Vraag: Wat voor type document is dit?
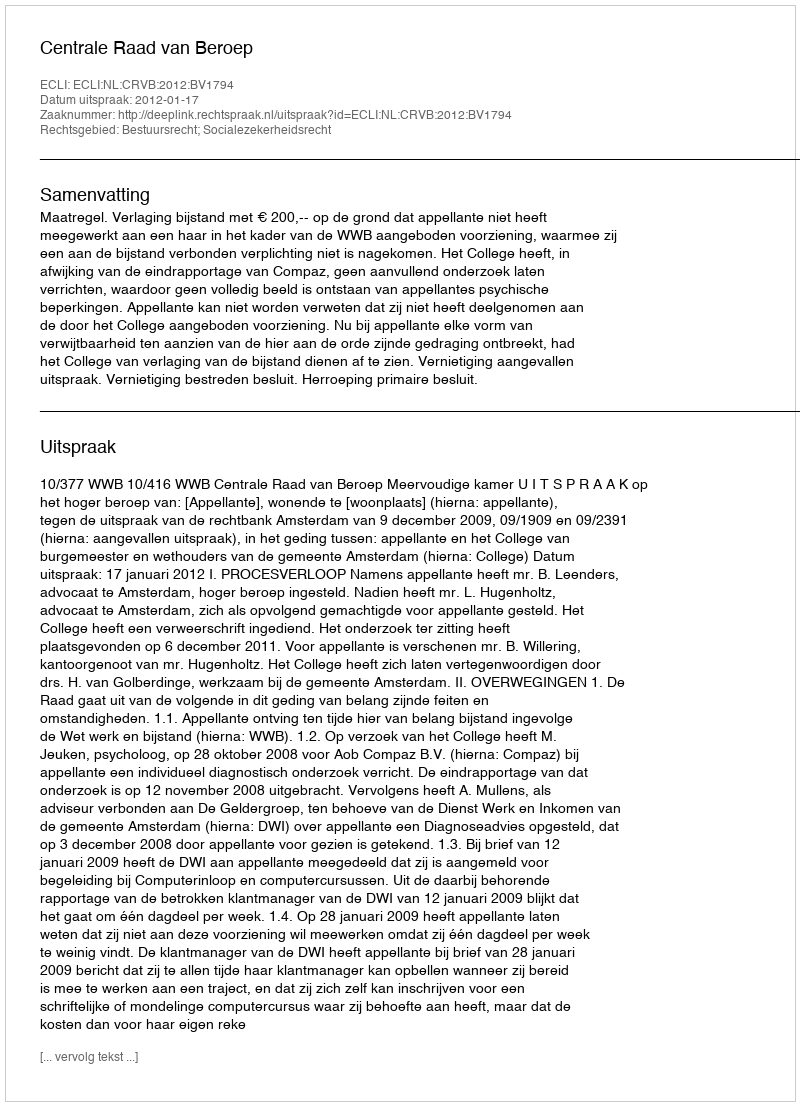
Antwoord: Uitspraak